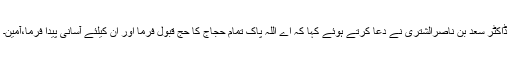
ڈاکٹر سعد بن ناصرالشتری نے دعا کرتے ہوئے کہا کہ اے اللہ پاک تمام حجاج کا حج قبول فرما اور ان کیلئے آسانی پیدا فرما،آمین۔